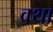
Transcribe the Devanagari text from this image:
वथा